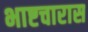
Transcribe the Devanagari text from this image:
भाष्टचारास